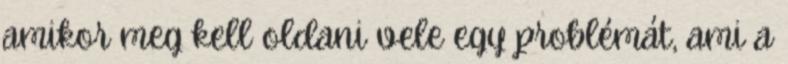
amikor meg kell oldani vele egy problémát, ami a